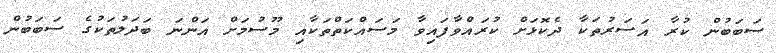
ސަބަބުން ކުރާ އަސަރުތަކާ ދެކޮޅަަށް ކުރައްވާފައިވާ މަސައްކަތްތަކާއި މޫސުމަށް އަންނަ ބަދަލުތަކުގެ ސަބަބުން